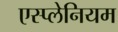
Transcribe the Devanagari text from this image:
एस्प्लेनियम